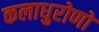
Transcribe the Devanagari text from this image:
कलाधुरोणों